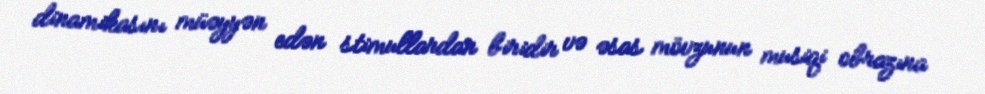
dinamikasını müəyyən edən stimullardan biridir və əsas mövzunun musiqi obrazına